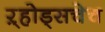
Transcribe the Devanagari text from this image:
ऱ्होड्सचेच